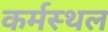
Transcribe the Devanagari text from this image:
कर्मस्थल